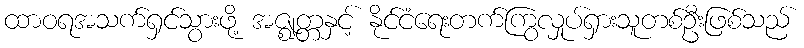
ထာဝရအသက်ရှင်သွားဖို့ အဇ္ဈတ္တနှင့် နိုင်ငံရေးတက်ကြွလှုပ်ရှားသူတစ်ဦးဖြစ်သည်